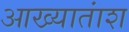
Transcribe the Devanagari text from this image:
आख्यातांश